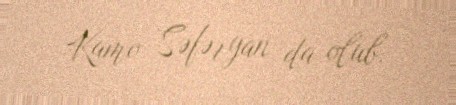
Kamo Səfəryan da olub.